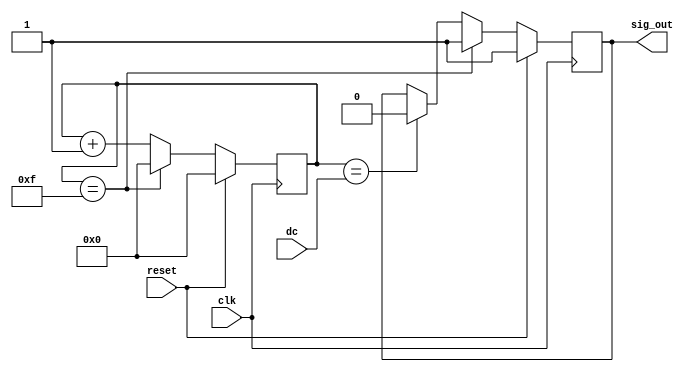
`timescale 1ns / 1ps
//////////////////////////////////////////////////////////////////////////////////
// Company: 
// Engineer: 
// 
// Design Name: 
// Module Name: Duty_Cycler
// Project Name: 
// Target Devices: 
// Tool Versions: 
// Description: 
// 
// Dependencies: 
// 
// Revision:
// Revision 0.01 - File Created
// Additional Comments:
// 
//////////////////////////////////////////////////////////////////////////////////


module Duty_Cycler
    #(parameter ZOOM = 4, COUNT = 16)
    (
    input [ZOOM-1:0] dc,
    input clk,
    input reset,
    output reg sig_out
    );
    
    reg [ZOOM-1:0] count;
    
    always @ (posedge clk) begin
        if (reset) begin
            count <= 0;
            sig_out <= 1;
        end else begin
            if (count == (COUNT-1)) begin
                count <= 0;
                sig_out <= 1;
            end else begin
                if (count == dc)
                    sig_out <= 0;
                count <= count + 1;
            end
        end
    end
    
endmodule